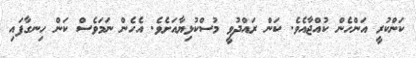
ކަންކުރީ އަންހެން ކުއްޖާއެވެ. ކަން ރައްދުވީ މުސްކުޅިޔާއަށެވެ. އެހެން ނަމަވެސް ކަން ހިނގާފައި